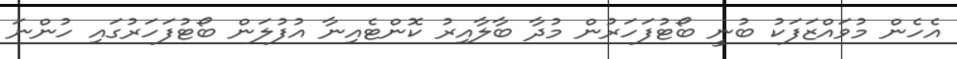
އެހެން މުވައްޒަފަކު ބުނީ ބޯޓުފަހަރުން މުދާ ބާލާއިރު ކޮންޓެއިނާ އުފުލަން ބޯޓުފަހަރުގައި ހުންނަ